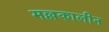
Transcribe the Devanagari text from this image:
मल्लकालीन